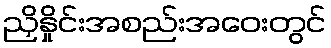
ညှိနှိုင်းအစည်းအဝေးတွင်